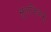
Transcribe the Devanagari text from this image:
सुताजियामु